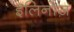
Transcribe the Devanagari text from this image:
इलिनोज़